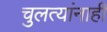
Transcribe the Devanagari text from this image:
चुलत्यांनाही